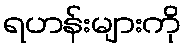
ရဟန်းများကို